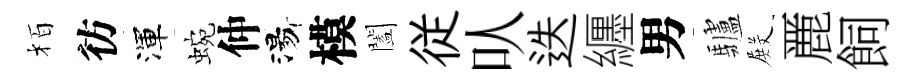
栢彷渾蜿仲湯模闔従㕥迭纒男驢𭮺䴡飼